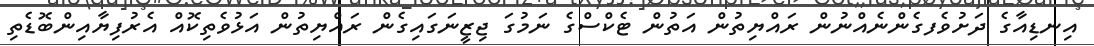
އިނޑިއާގެ ދަށުވެފގެންނެއްނުން ރައްޔިތުން އަތުން ޓެކްސްގެ ނަމުގަ ޖިޒީނަގައިގެން ރައްޔިތުން އަޅުވެތިކޮއް އެރުފިޔާއިންބޮޑެތި